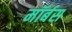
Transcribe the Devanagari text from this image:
मॉर्बस